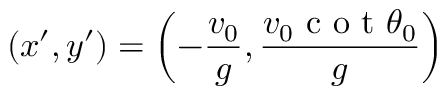
( x ^ { \prime } , y ^ { \prime } ) = \left( - \frac { v _ { 0 } } { g } , \frac { v _ { 0 } \textrm { c o t } \theta _ { 0 } } { g } \right)